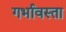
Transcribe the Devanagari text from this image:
गर्भावस्ता